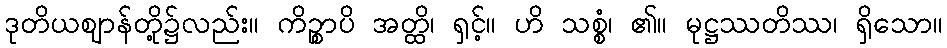
ဒုတိယဈာန်တို့၌လည်း။ ကိဉ္စာပိ အတ္ထိ၊ ရှင့်။ ဟိ သစ္စံ၊ ၏။ မုဋ္ဌဿတိဿ၊ ရှိသော။